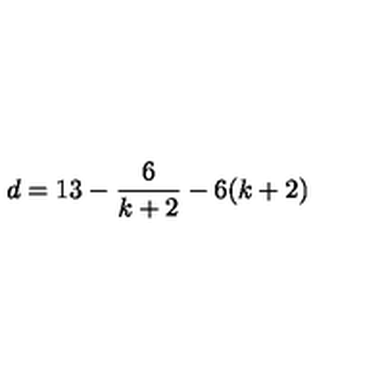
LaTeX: d = 1 3 - \frac { 6 } { k + 2 } - 6 ( k + 2 )